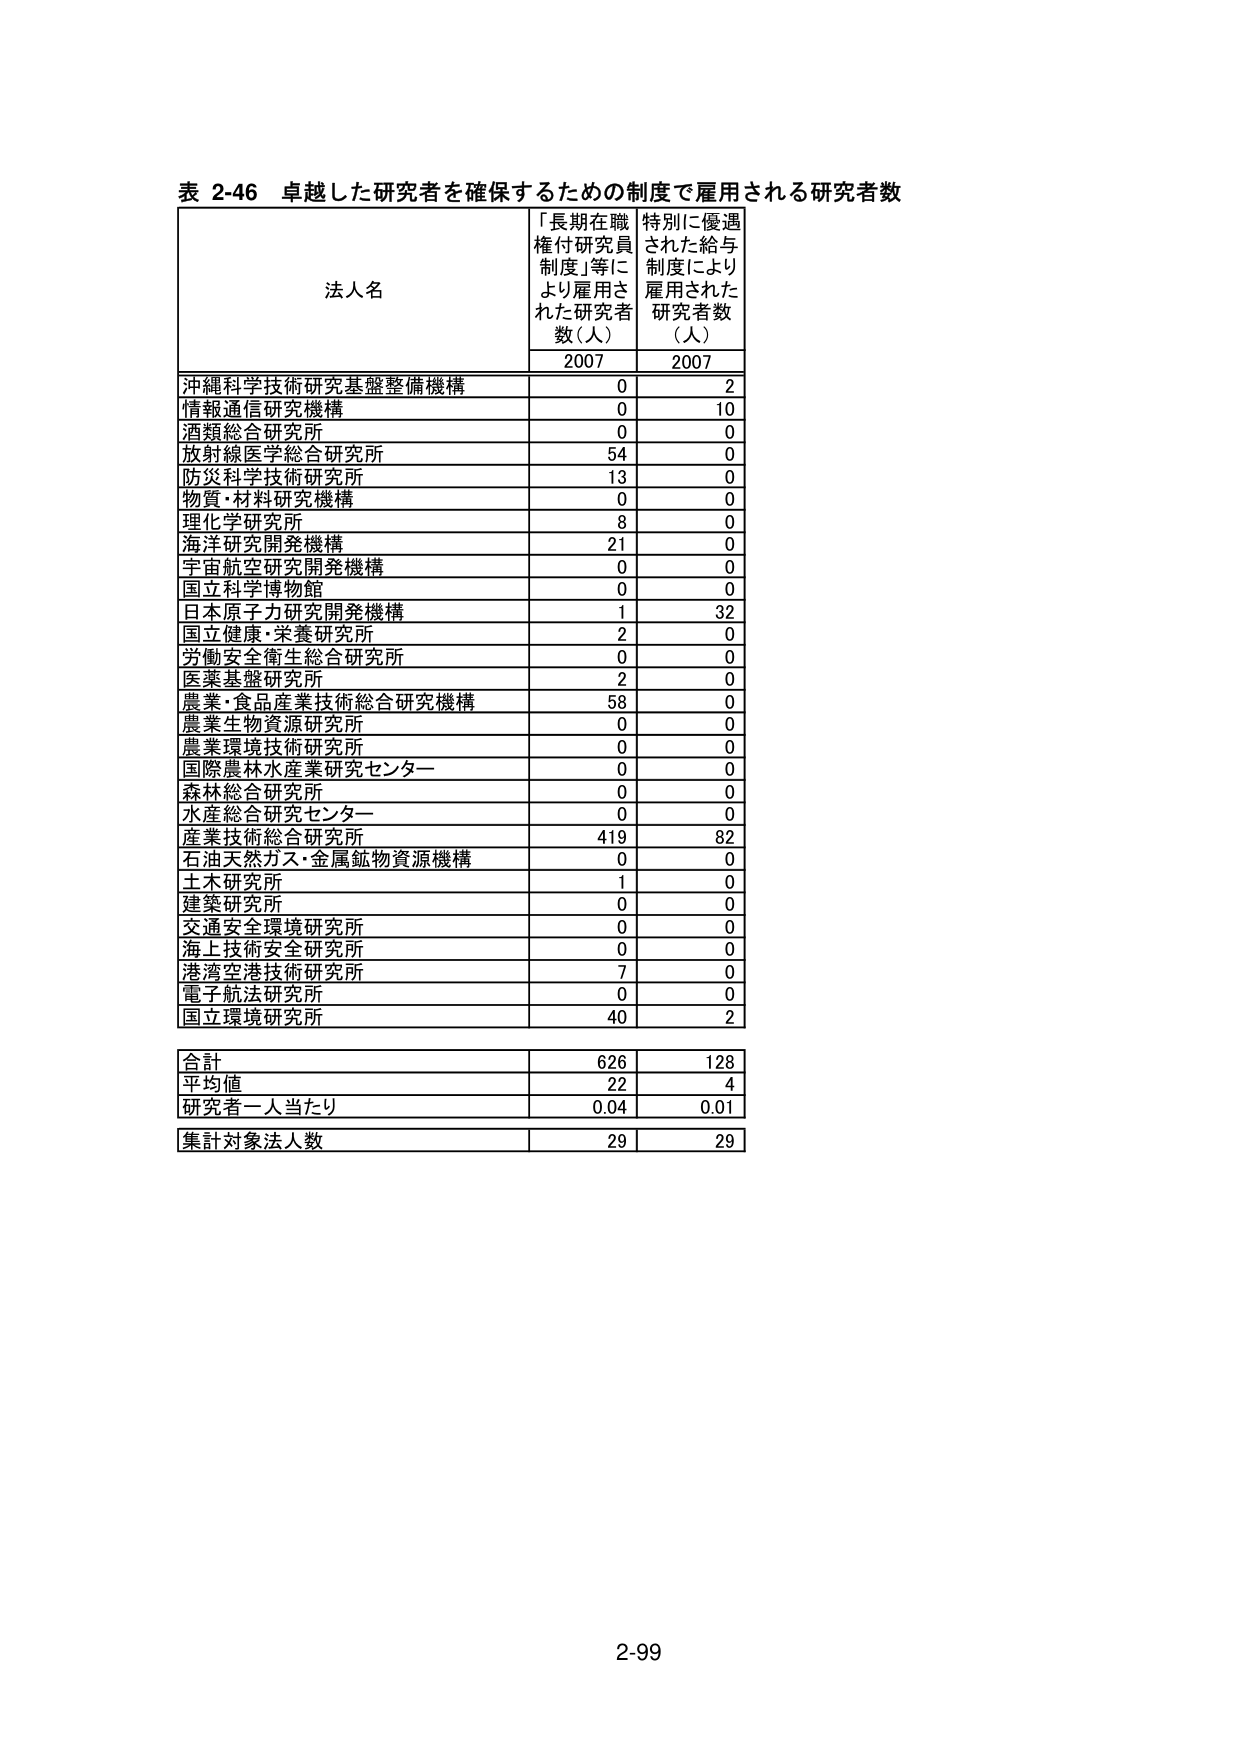
表 2-46 卓越した研究者を確保するための制度で雇用される研究者数

法人名 「長期在職権付研究員制度」等により雇用された研究者数（人） 特別に優遇された給与制度により雇用された研究者数（人）
2007 2007

沖縄科学技術研究基盤整備機構 0 2
情報通信研究機構 0 10
酒類総合研究所 0 0
放射線医学総合研究所 54 0
防災科学技術研究所 13 0
物質・材料研究機構 0 0
理化学研究所 8 0
海洋研究開発機構 21 0
宇宙航空研究開発機構 0 0
国立科学博物館 0 0
日本原子力研究開発機構 1 32
国立健康・栄養研究所 2 0
労働安全衛生総合研究所 0 0
医薬基盤研究所 2 0
農業・食品産業技術総合研究機構 58 0
農業生物資源研究所 0 0
農業環境技術研究所 0 0
国際農林水産業研究センター 0 0
森林総合研究所 0 0
水産総合研究センター 0 0
産業技術総合研究所 419 82
石油天然ガス・金属鉱物資源機構 0 0
土木研究所 1 0
建築研究所 0 0
交通安全環境研究所 0 0
海上技術安全研究所 0 0
港湾空港技術研究所 7 0
電子航法研究所 0 0
国立環境研究所 40 2

合計 626 128
平均値 22 4
研究者一人当たり 0.04 0.01
集計対象法人数 29 29

2-99